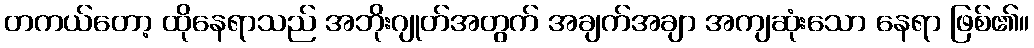
တကယ်တော့ ထိုနေရာသည် အဘိုးဂျုတ်အတွက် အချက်အချာ အကျဆုံးသော နေရာ ဖြစ်၏။